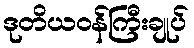
ဒုတိယဝန်ကြီးချုပ်